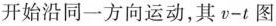
开始沿同一方向运动，其v-t图